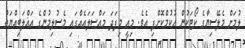
ލުމަށް މެލޭސިޔާގެ ކޯޓަކުން ޙުކުމްކޮށްފި އެވެ. މިއީ މިފަދަ މައްސަލައެއްގައި މެސުލިމުންގެ އަޣްލަބިއްޔަތު